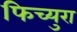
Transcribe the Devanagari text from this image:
फिच्युरा